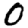
Digit: 0